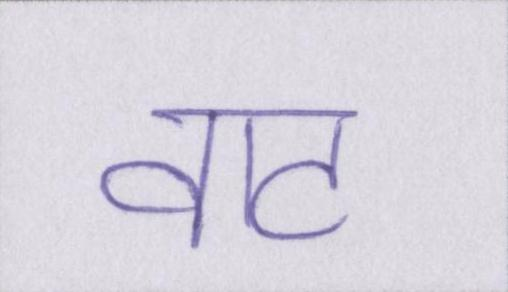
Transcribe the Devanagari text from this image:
वाट